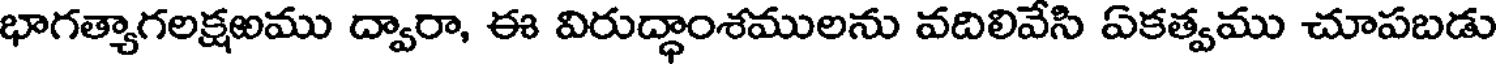
భాగత్యాగలక్షఱము ద్వారా, ఈ విరుద్ధాంశములను వదిలివేసి ఏకత్వము చూపబడు